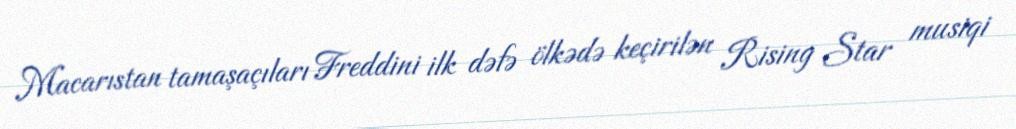
Macarıstan tamaşaçıları Freddini ilk dəfə ölkədə keçirilən Rising Star musiqi